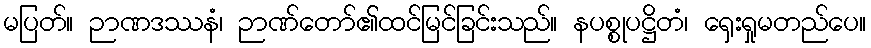
မပြတ်။ ဉာဏဒဿနံ၊ ဉာဏ်တော်၏ထင်မြင်ခြင်းသည်။ နပစ္စုပဋ္ဌိတံ၊ ရှေးရှုမတည်ပေ။